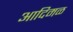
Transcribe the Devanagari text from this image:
आदिमळ